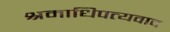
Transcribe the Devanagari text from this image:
श्रमाधिपत्यवाद